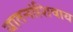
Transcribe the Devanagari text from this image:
यातनांशिवाय